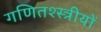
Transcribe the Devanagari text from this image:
गणितश्स्त्रीयों